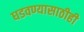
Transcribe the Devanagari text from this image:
घडवण्यासाठीही